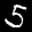
Label: 5